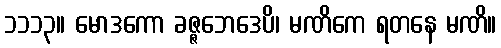
၁၁၁၃။ မောဒကော ခဇ္ဇဘေဒေပိ၊ မဏိကေ ရတနေ မဏိ။